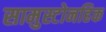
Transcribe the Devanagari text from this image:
सामुस्टोनहिक